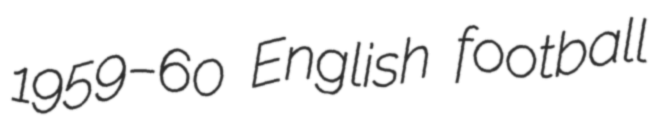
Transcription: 1959–60 English football